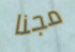
مجنا